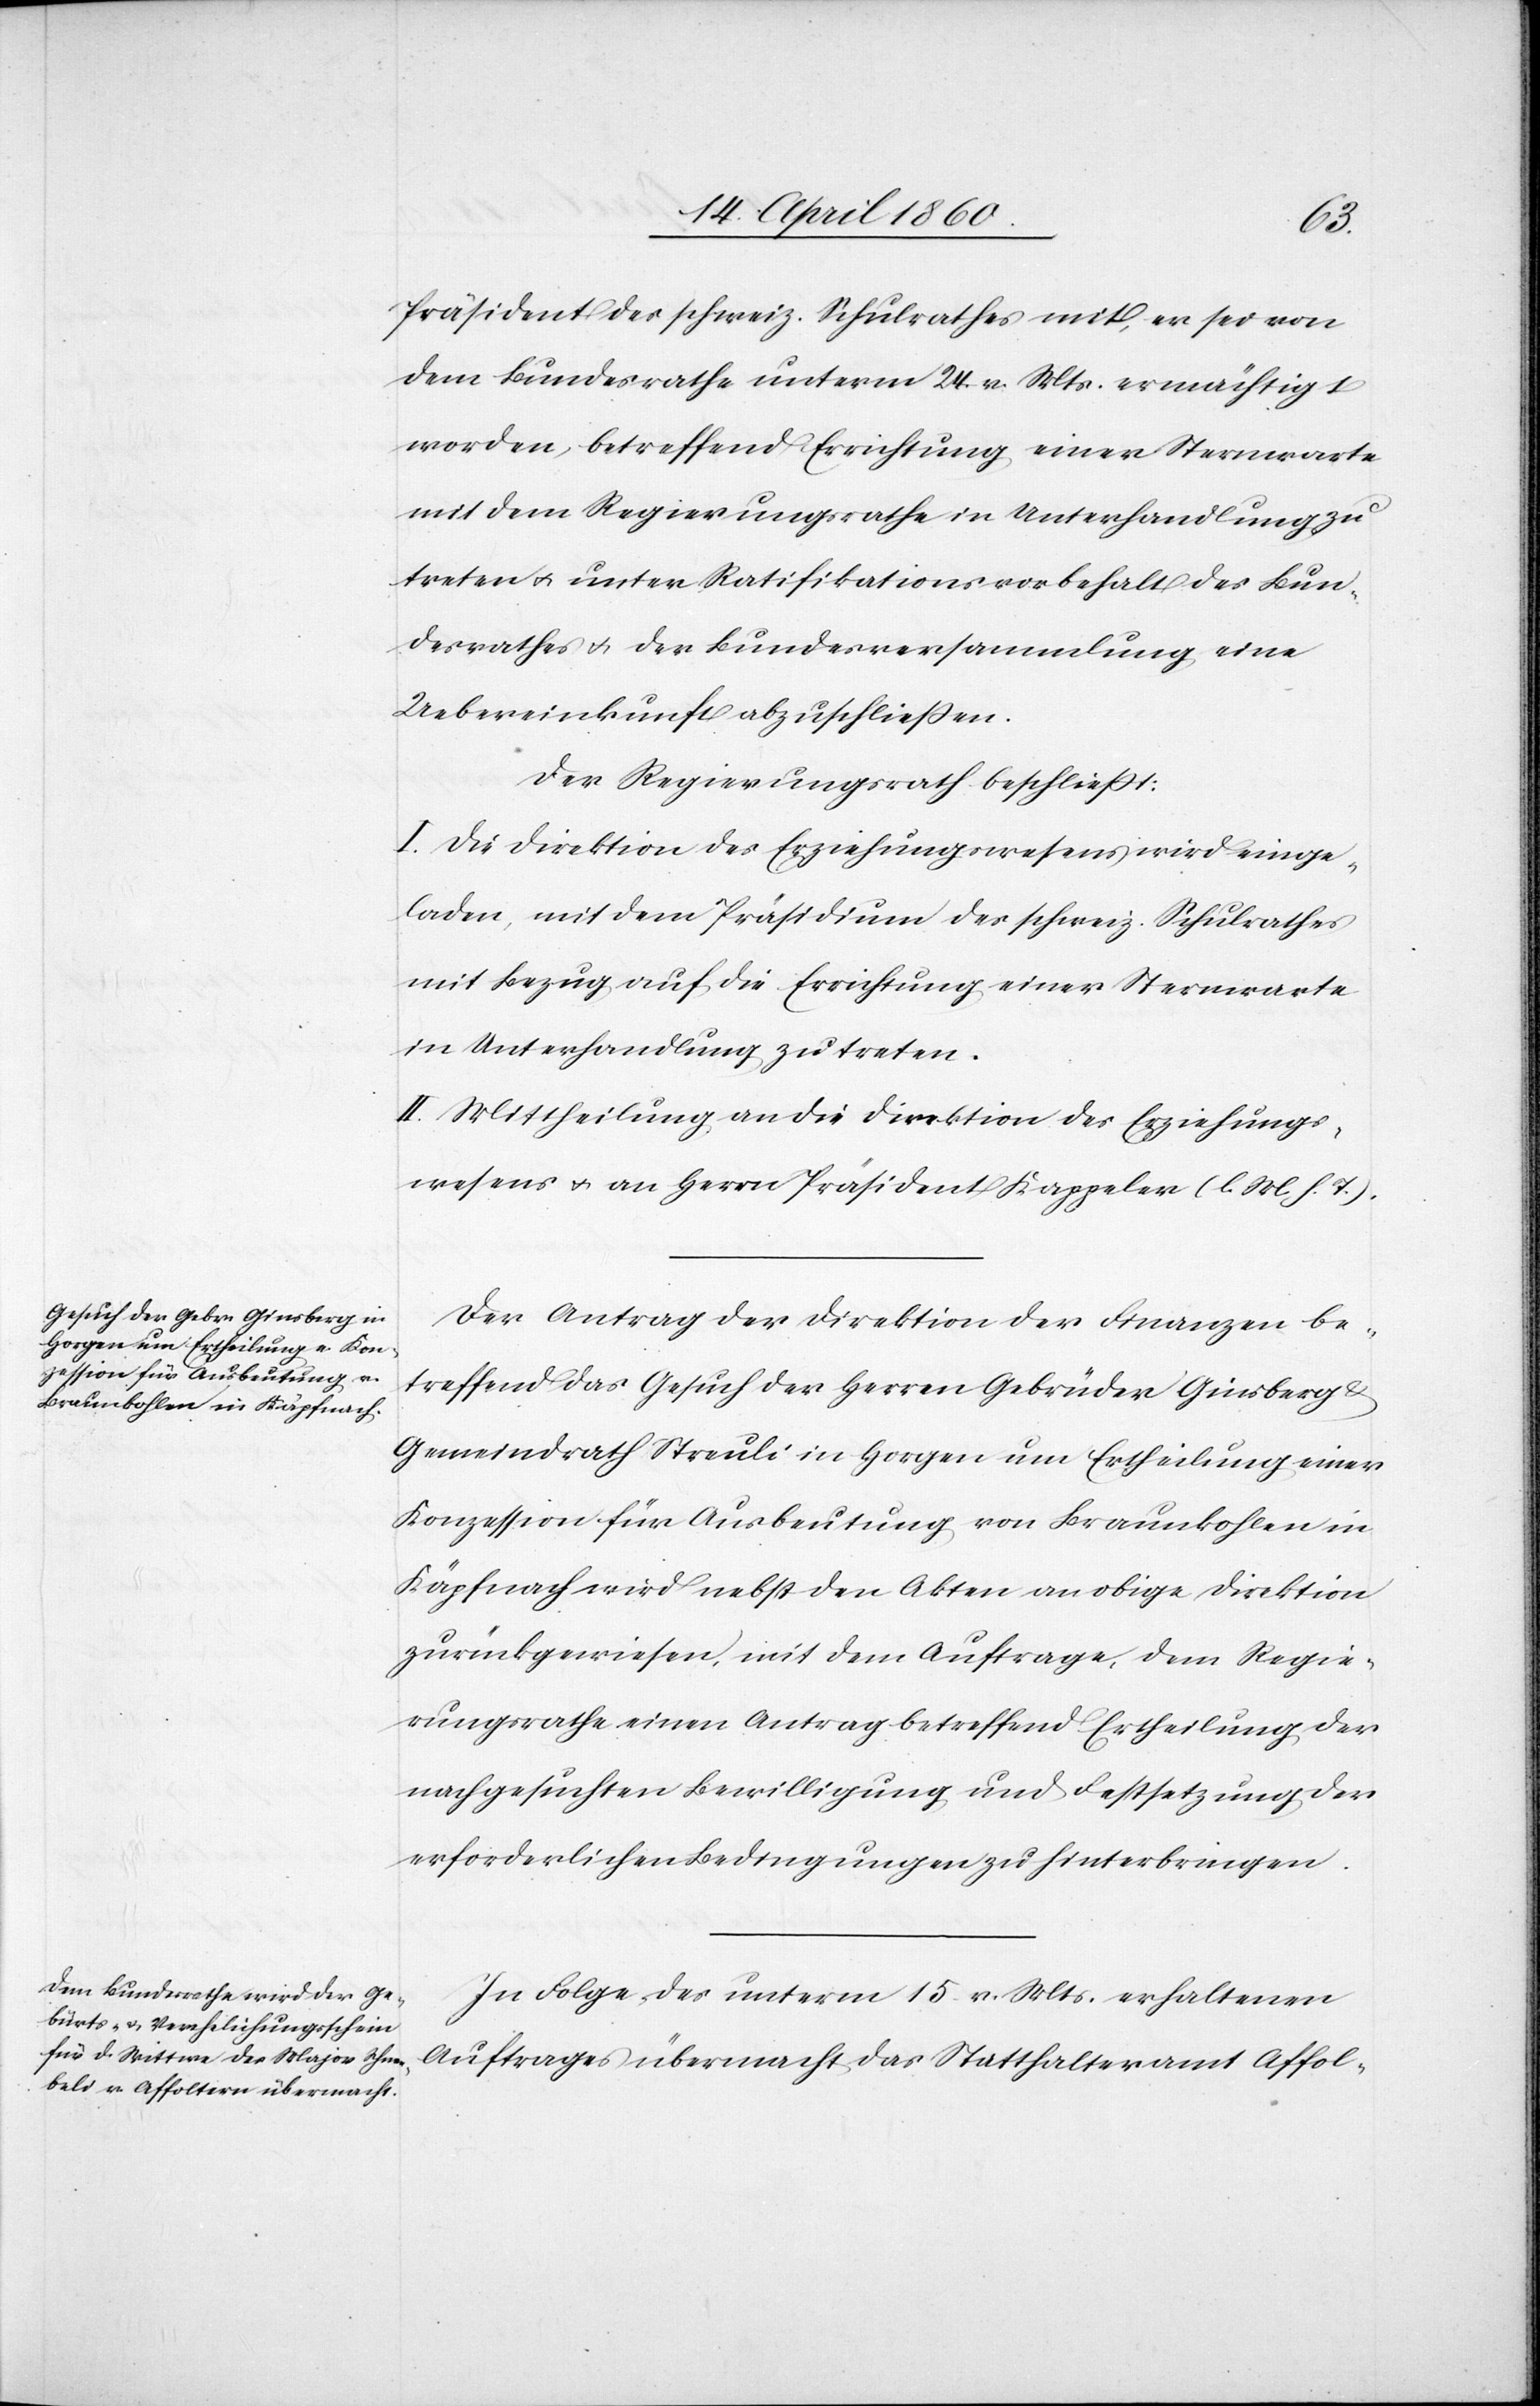
Präsident des schweiz. Schulrathes mit, er sei von
dem Bundesrathe unterm 24. v. Mts. ermächtigt
worden, betreffend Errichtung einer Sternwarte
mit dem Regierungsrathe in Unterhandlung zu
treten u. unter Ratifikationsvorbehalt des Bun¬
desrathes u. der Bundesversammlung eine
Uebereinkunft abzuschließen.
Der Regierungsrath beschliesst:
I. Die Direktion des Erziehungswesens wird einge¬
laden, mit dem Präsidium des schweiz. Schulrathes
mit Bezug auf die Errichtung einer Sternwarte
in Unterhandlung zu treten.
II. Mittheilung an die Direktion des Erziehungs¬
wesens u. an Herrn Präsident Kappeler [l. M. h. T]
Der Antrag der Direktion der Finanzen be¬
treffend das Gesuch der Herrn Gebrüder Ginsberg u.
Gemeindrath Streuli in Horgen um Ertheilung einer
Konzession für Ausbeutung von Braunkohlen in
Käpfnach wird nebst den Akten an obige Direktion
zurückgewiesen, mit dem Auftrage, dem Regie¬
rungsrathe einen Antrag betreffend Ertheilung der
nachgesuchten Bewilligung und Festsetzung der
erforderlichen Bedingungen zu hinterbringen.
In Folge unterm 15. v. Mts. erhaltenen
Auftrages übermacht das Statthalteramt Affol-